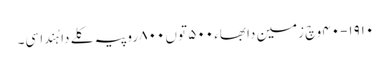
١٩١٠-٤٠ وچ زمین دا بھاء ٥٠٠ توں ٨٠٠ روپیہ کلے دا ہُندا سی۔